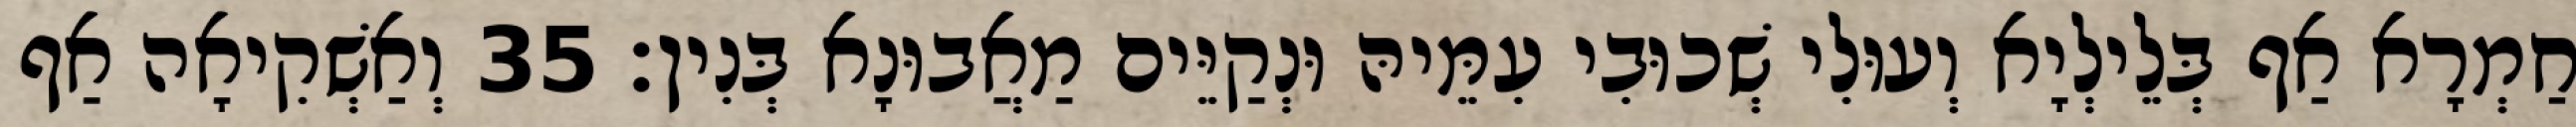
חַמְרָא אַף בְּלֵילְיָא וְעוּלִי שְׁכוּבִי עִמֵּיהּ וּנְקַיֵּים מַאֲבוּנָא בְּנִין׃ 35 וְאַשְׁקִיאָה אַף